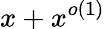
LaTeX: x+x^{o(1)}